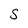
Character: s